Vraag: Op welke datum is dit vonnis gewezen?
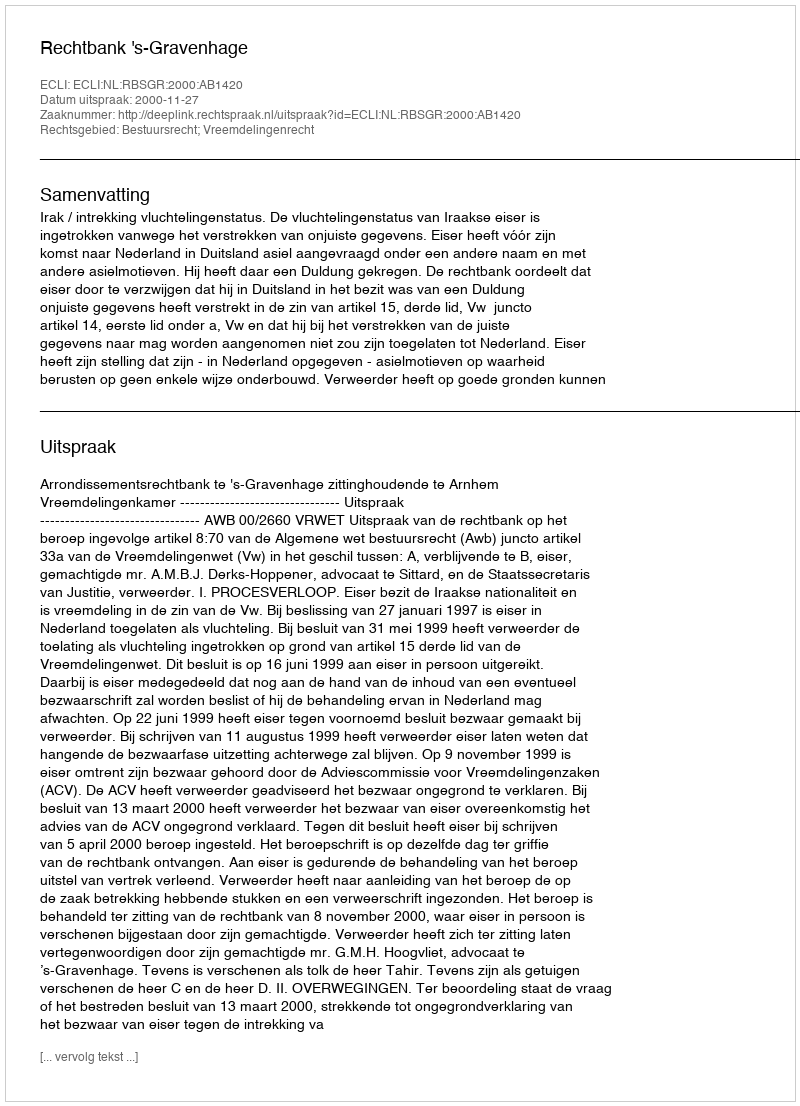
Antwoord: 2000-11-27